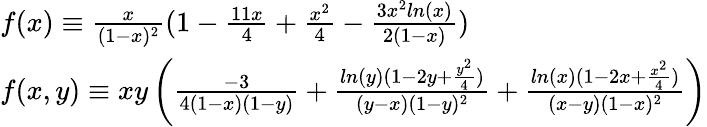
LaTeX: \begin{array}{l}{{f(x)\equiv\frac{x}{(1-x)^{2}}(1-\frac{11x}{4}+\frac{x^{2}}{4}-\frac{3x^{2}ln(x)}{2(1-x)})}}\\ {{f(x,y)\equiv xy\left(\frac{-3}{4(1-x)(1-y)}+\frac{ln(y)(1-2y+\frac{y^{2}}{4})}{(y-x)(1-y)^{2}}+\frac{ln(x)(1-2x+\frac{x^{2}}{4})}{(x-y)(1-x)^{2}}\right)}}\end{array}